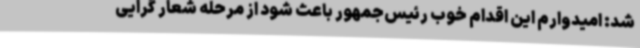
شد: امیدوارم این اقدام خوب رئیس‌جمهور باعث شود از مرحله شعار گرایی